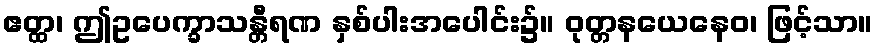
ဧတ္ထ၊ ဤဥပေက္ခာသန္တီရဏ နှစ်ပါးအပေါင်း၌။ ဝုတ္တနယေနေဝ၊ ဖြင့်သာ။